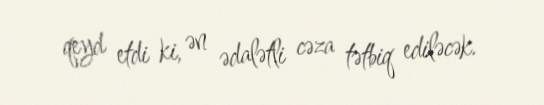
qeyd etdi ki, ən ədalətli cəza tətbiq ediləcək.